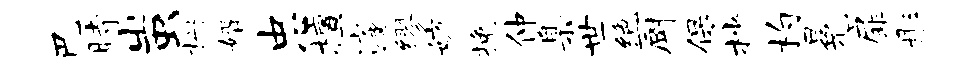
巴时蚩栅婿忠檀遽缪妨挽仲臬世绝厨保杪杓冕扉彤